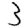
Digit: 3